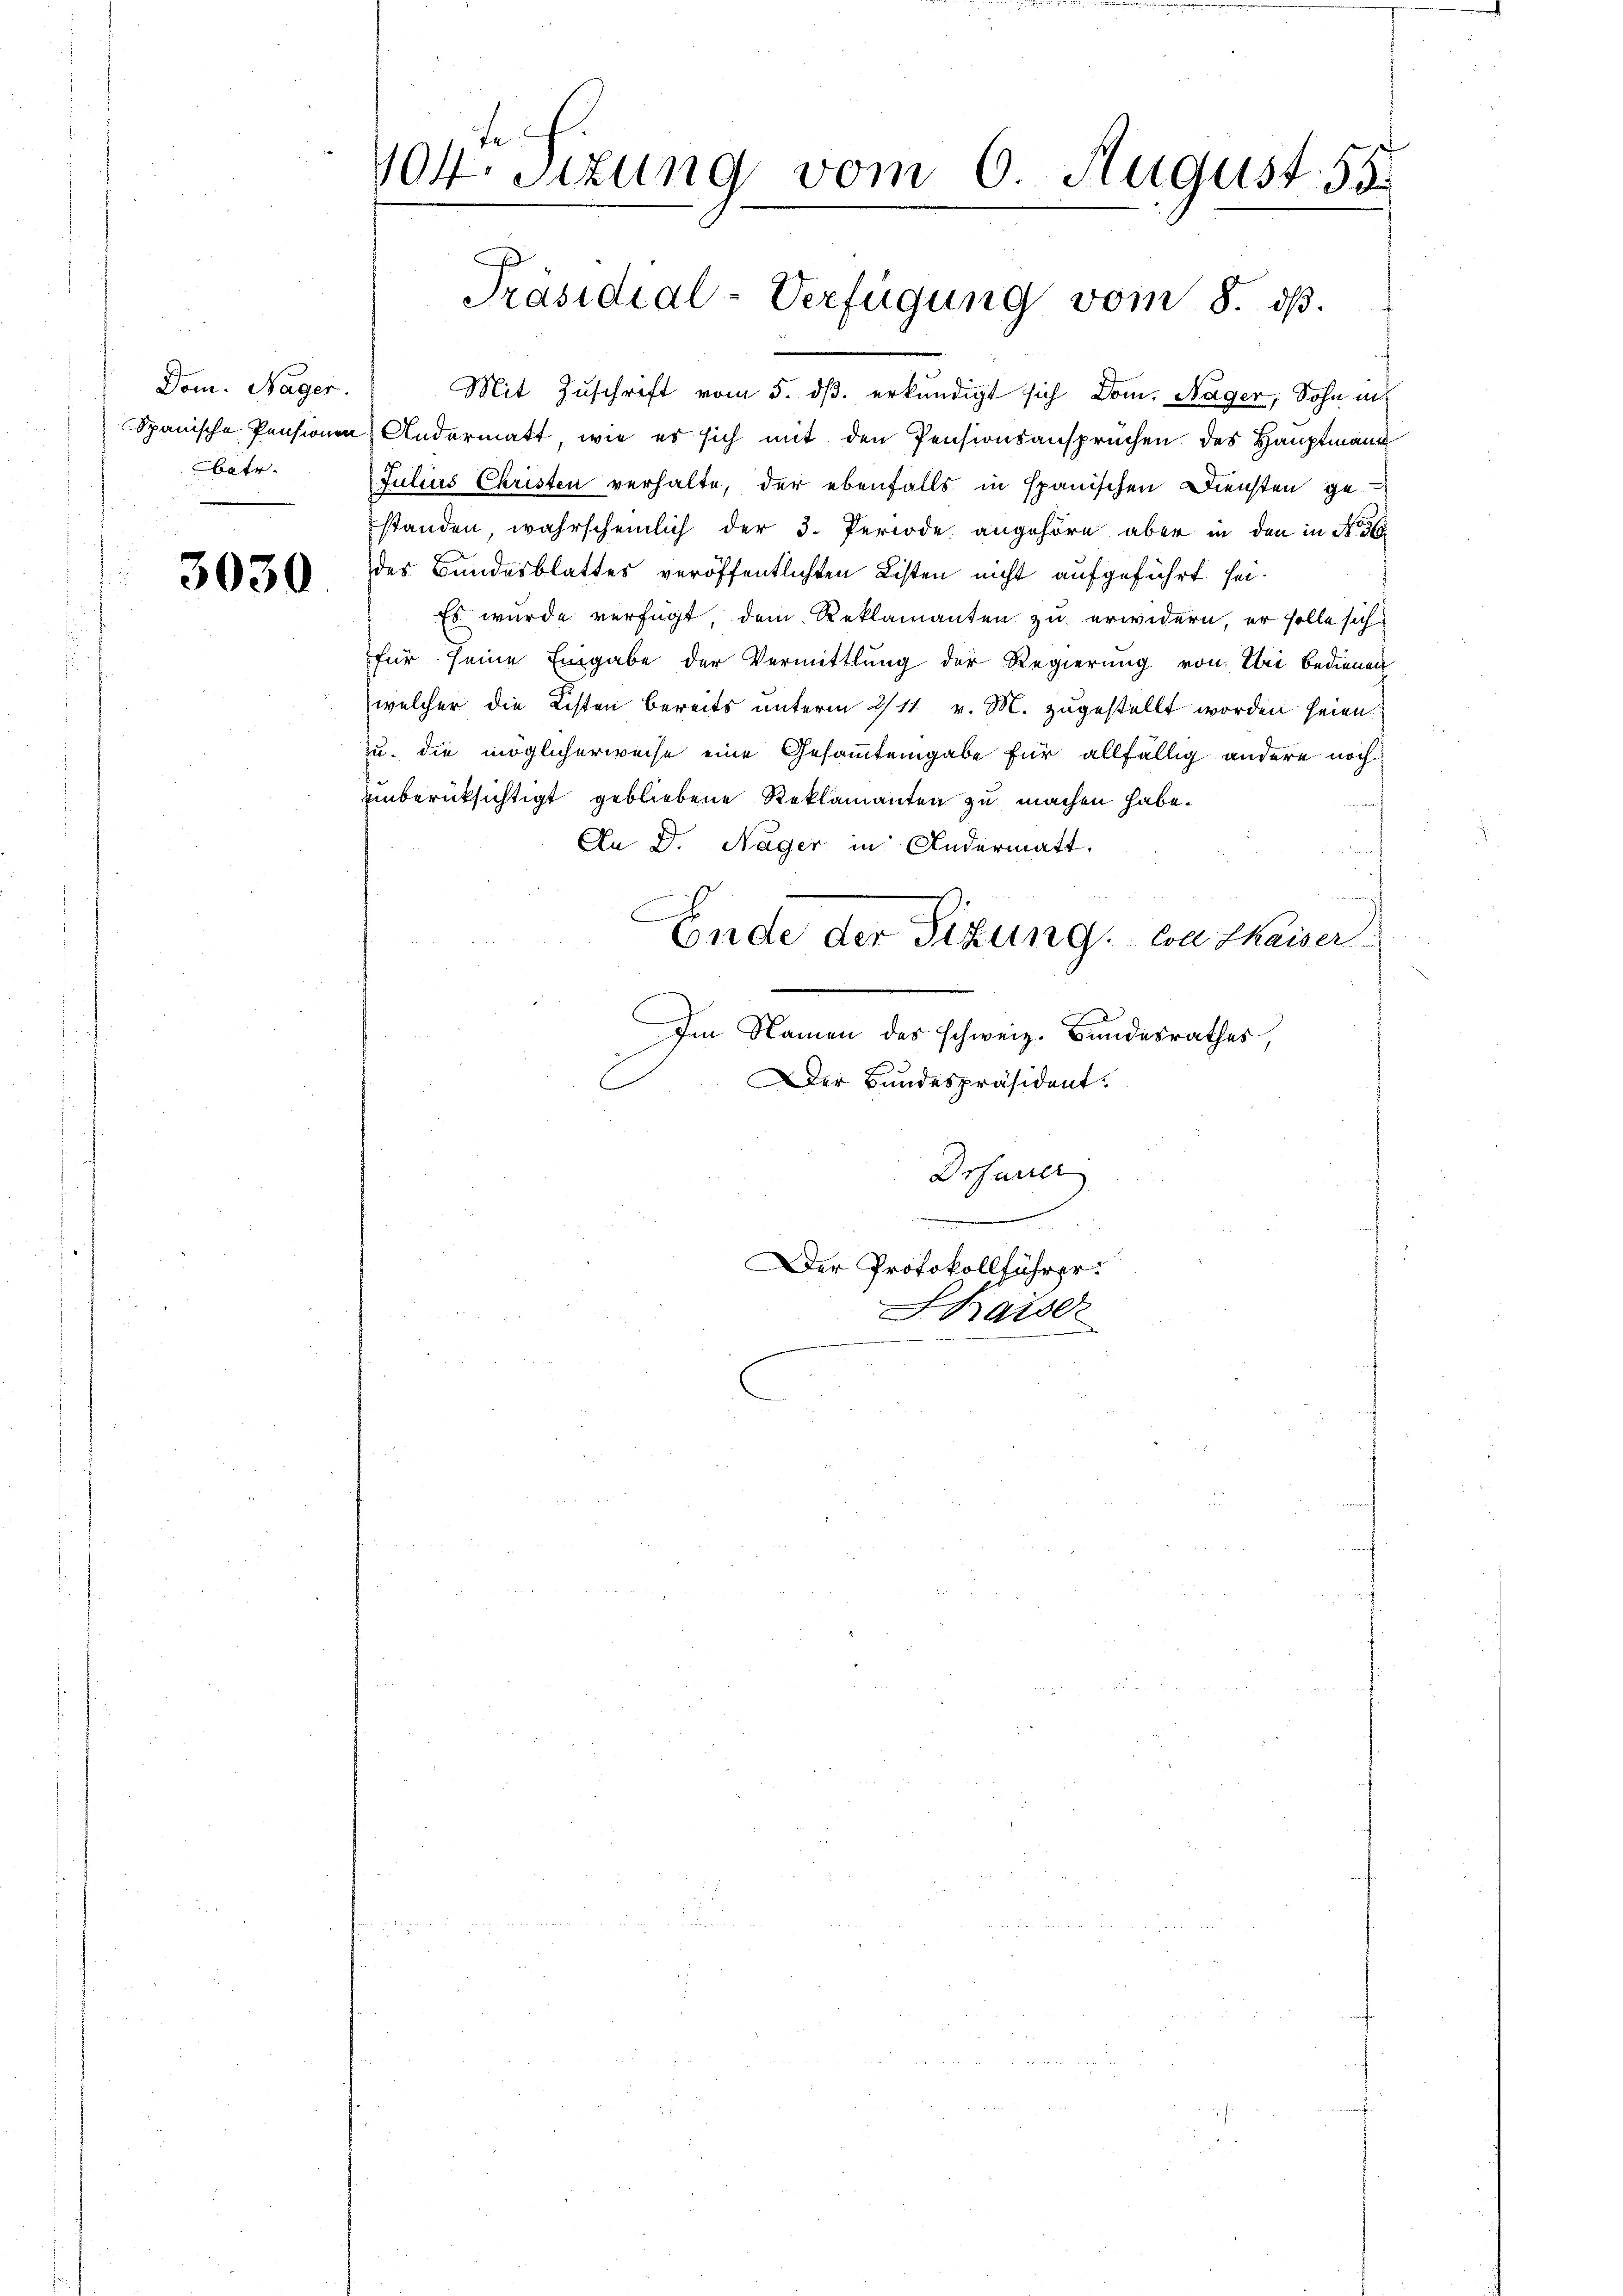
Dom. Nager.
betr.

3030

te.
904 sizung vom 6. August. 55

Präsidial-Verfügung vom 8. ds.

Mit Zuschrift vom 5. dß. erkundigt sich Dom. Nager, Sohn in
Spanische Pensionen Andermatt, wie es sich mit den Pensionsansprüchen des Hauptmann
Julius Christen verhalte, der ebenfalls in spanischen Diensten ge
standen, wahrscheinlich der 3. Periode angehöre aber in den in der
des Bundesblattes veröffentlichten Listen nicht aufgeführt sei.
Es wurde verfügt, dem Reklamanten zu erwidern, er solle sich
für seine Eingabe der Vermittlung der Regierung von bei bedienen
welcher die Listen bereits unterm 2/11 v. M. zugestellt worden seien.
u. die möglicherweise eine Gesammteigabe für allfällig andere noch
uinberücksichtigt gebliebene Reklamanten zu machen habe.
An D. Nager in Andermatt.
aigen
C
Ende der Sitzung, von Thaiser
2
Im Namen des schweiz. Bundesrathes,
Der Bundespräsident.

Drsuner
Der Protokollführer:
Shaise